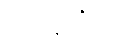
ပေးလိုက်ရာ